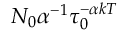
N _ { 0 } \alpha ^ { - 1 } \tau _ { 0 } ^ { - \alpha k T }